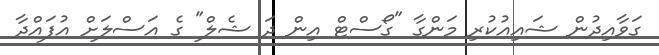
ގަވާއިދުން ޝައިއުކުރި މަންގާ "ގޯސްޓް އިން ދަ ޝެލް" ގެ އަސްލަށް އުފައްދާ